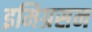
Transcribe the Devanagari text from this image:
इमिग्रसन